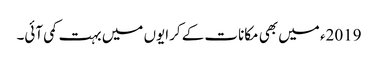
2019ء میں بھی مکانات کے کرایوں میں بہت کمی آئی۔